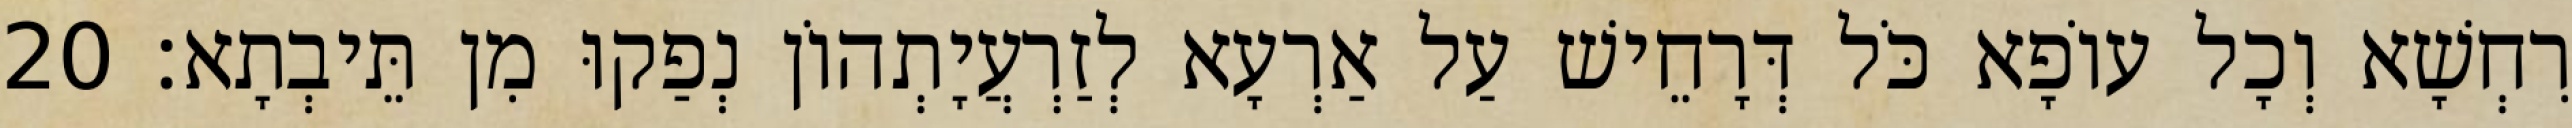
רִחְשָׁא וְכָל עוֹפָא כֹּל דְּרָחֵישׁ עַל אַרְעָא לְזַרְעֲיָתְהוֹן נְפַקוּ מִן תֵּיבְתָא׃ 20